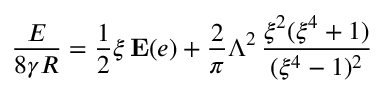
\frac { E } { 8 \gamma R } = \frac { 1 } { 2 } \xi \, \mathbf { E } ( e ) + \frac { 2 } { \pi } \Lambda ^ { 2 } \, \frac { \xi ^ { 2 } ( \xi ^ { 4 } + 1 ) } { ( \xi ^ { 4 } - 1 ) ^ { 2 } }